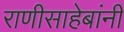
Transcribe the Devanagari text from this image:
राणीसाहेबांनी